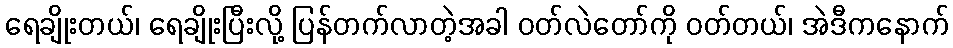
ရေချိုးတယ်၊ ရေချိုးပြီးလို့ ပြန်တက်လာတဲ့အခါ ဝတ်လဲတော်ကို ဝတ်တယ်၊ အဲဒီကနောက်